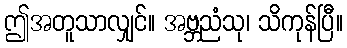
ဤအတူသာလျှင်။ အဗ္ဘညံသု၊ သိကုန်ပြီ။